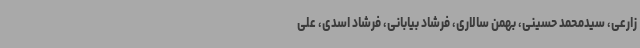
زارعی، سیدمحمد حسینی، بهمن سالاری، فرشاد بیابانی، فرشاد اسدی، علی